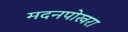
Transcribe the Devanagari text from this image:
मदनपोखरा